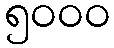
၅၀၀၀